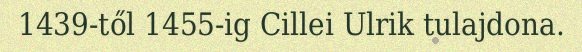
1439-től 1455-ig Cillei Ulrik tulajdona.